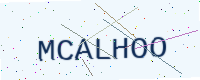
Text: MCALHOO